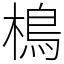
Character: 樢